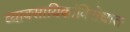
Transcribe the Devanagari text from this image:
व्यावसायिकांविरोधात